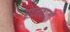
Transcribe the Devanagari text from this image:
राजवातों